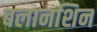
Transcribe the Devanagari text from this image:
बलानशिन